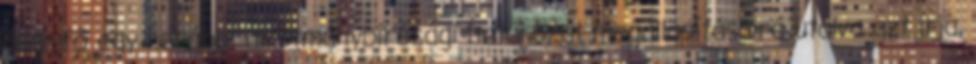
államfő egy korábbi alkotmánybírósági határozat megállapításaira utalva azt írja,